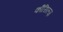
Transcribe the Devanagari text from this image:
कौंसिल्‍ज़